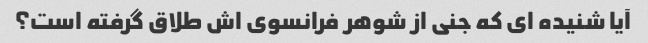
آیا شنیده ای که جنی از شوهر فرانسوی اش طلاق گرفته است؟